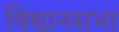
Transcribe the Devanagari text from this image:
विद्यानसभा